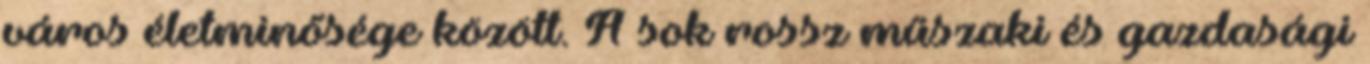
város életminősége között. A sok rossz műszaki és gazdasági